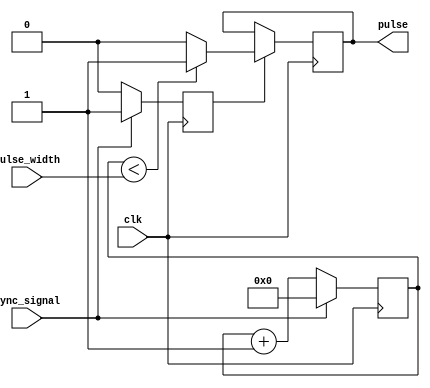
module pulse_width_generator(
  input wire clk,              // System clock input
  input wire sync_signal,      // Synchronization signal input
  input wire [7:0] pulse_width,// Adjustable pulse width parameter
  output reg pulse              // Generated pulse signal output
);

  reg [7:0] counter;           // Counter to track pulse width
  reg sync_en;                 // Synchronization enable signal

  always @ (posedge clk) begin
    if (sync_signal) begin
      sync_en <= 1;           // Enable synchronization
      counter <= 0;           // Reset counter
    end
    else begin
      sync_en <= 0;           // Disable synchronization
      counter <= counter + 1; // Increment counter
    end
    
    if (sync_en) begin
      if (counter < pulse_width) begin
        pulse <= 1;           // Output pulse signal
      end
      else begin
        pulse <= 0;           // Reset pulse signal
      end
    end
  end

endmodule